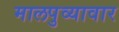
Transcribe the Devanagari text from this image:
मालपुव्यावार